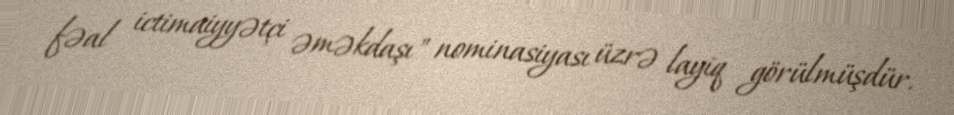
fəal ictimaiyyətçi əməkdaşı" nominasiyası üzrə layiq görülmüşdür.